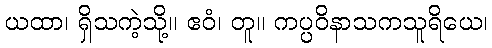
ယထာ၊ ရှိသကဲ့သို့။ ဧဝံ၊ တူ။ ကပ္ပဝိနာသကသူရိယေ၊